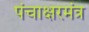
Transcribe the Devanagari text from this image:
पंचाक्षरमंत्र